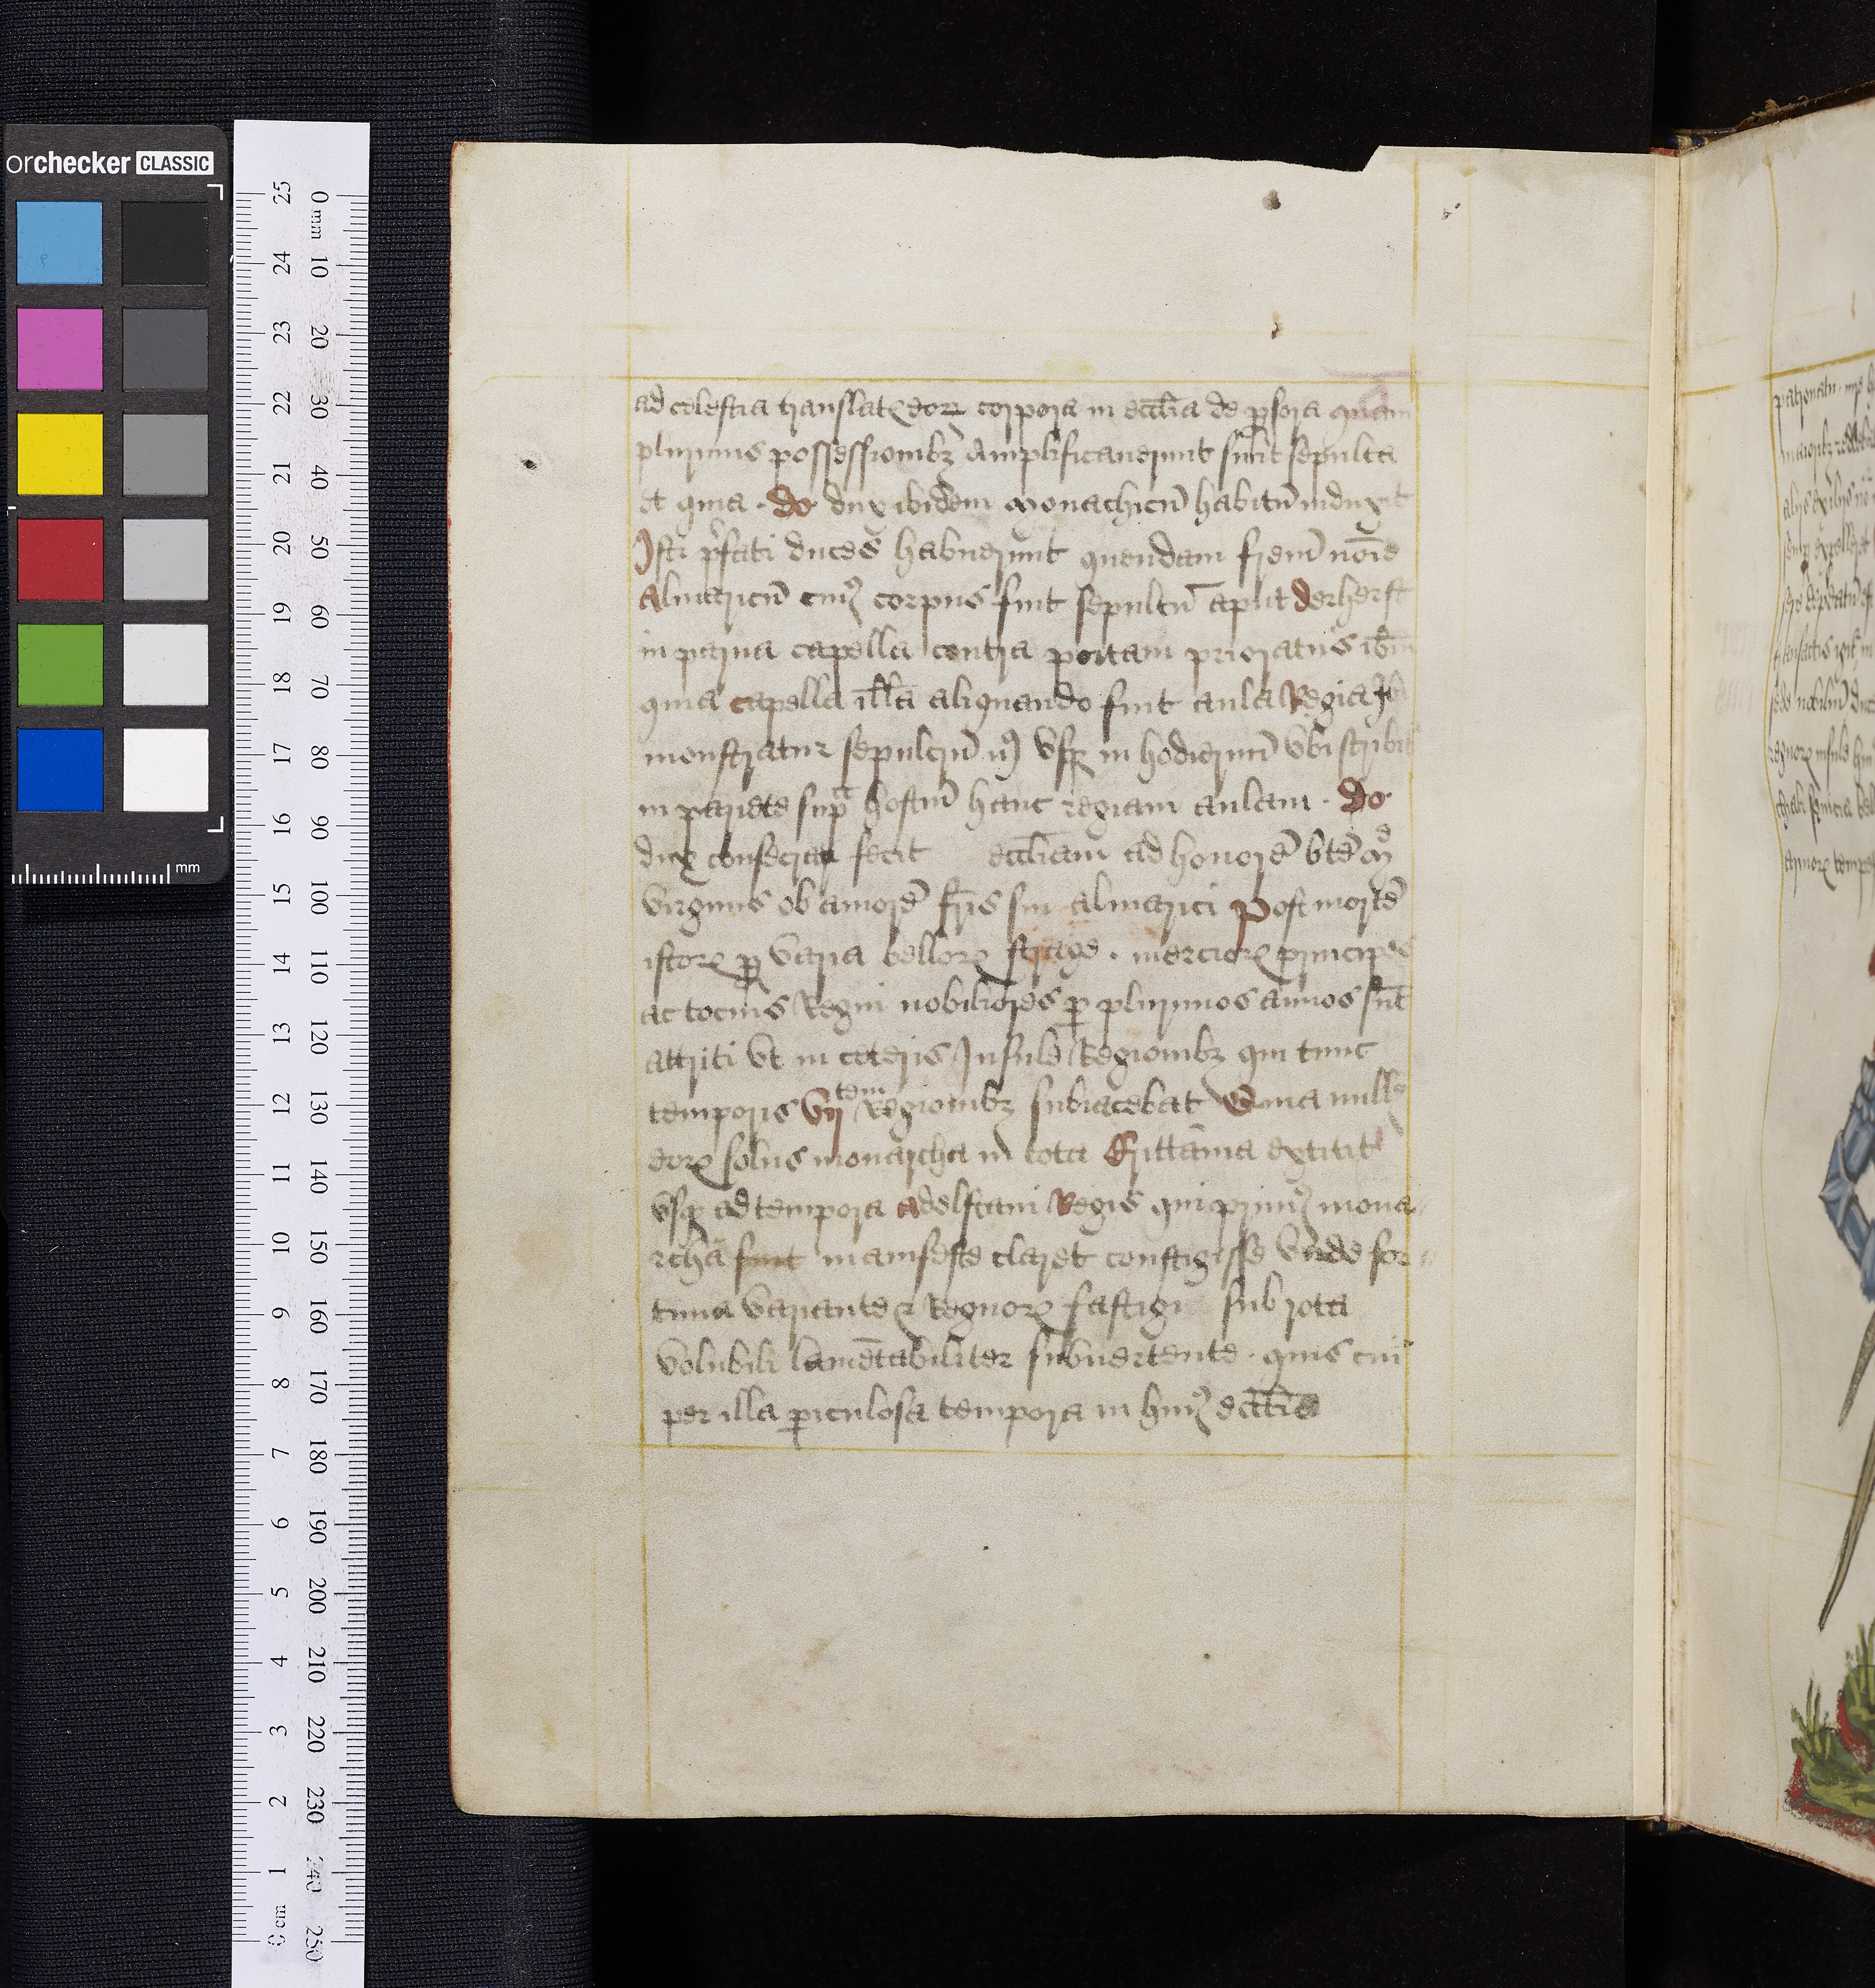
Shelfmark: Oxford, Bodleian Library, ms. Top. Glouc. d. 2
Century: 16